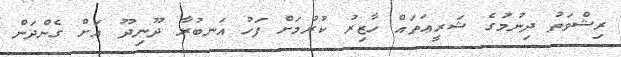
ރިޝްވަތު ދިނުމުގެ ޝަރީޢަތައް ހާޒިރު ކުރުމަށް ފަހު އަނބުރާ ދޫނިދޫ އަށް ގެންދަން